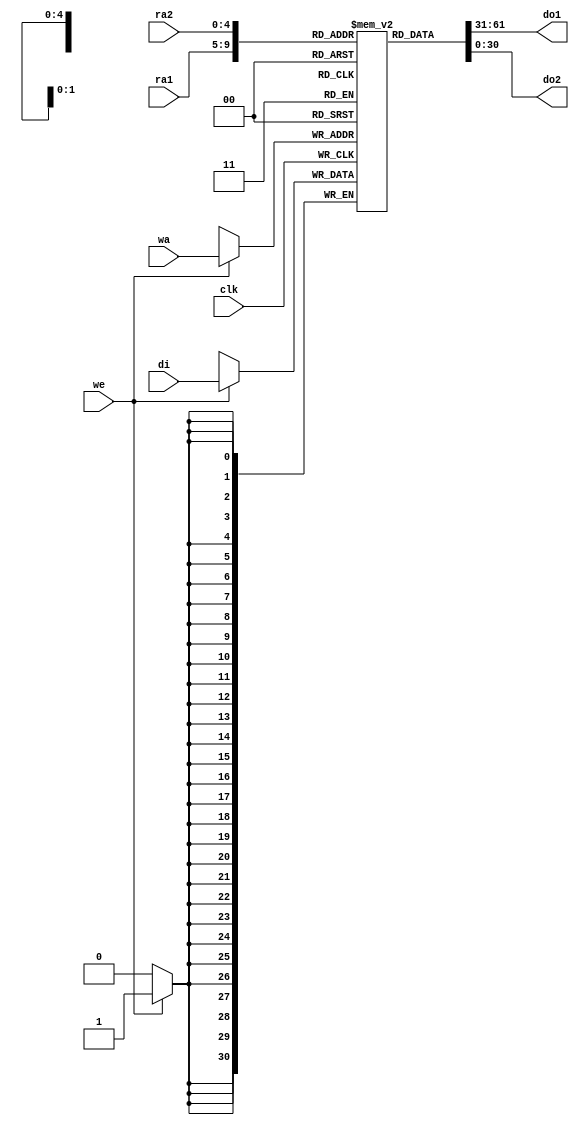
//
// Multiple-Port RAM Descriptions
//
module MP_rf_LUT_RAM (
                      clk,
                      we,
                      wa, 
                      ra1, 
                      ra2, 
                      di, 
                      do1, 
                      do2);
parameter   depth=31;
parameter   width=31;
parameter   addr_width=5;
input clk;
input we;
input [addr_width-1:0] wa;
input [addr_width-1:0] ra1;
input [addr_width-1:0] ra2;
input [width-1:0] di;
output [width-1:0] do1;
output [width-1:0] do2;
reg [width-1:0] ram [depth-1:0];
always @(posedge clk)
begin
if (we)
ram[wa] <= di;
end
assign do1 = ram[ra1];        //Multiple reference to
assign do2 = ram[ra2];        //same array.
endmodule


//
// single-Port RAM Descriptions
//
module SP_rf_LUT_RAM (
                        clk,
                        we,
                        wa, 
                        
//                      ra2,
                        di,
                        re,
                        do0,
                        do1,
                        do2,
                        do3,
                        do4,
                        do5,
                        do6,
                        do7,
                        do8,
                        do9,
                        do10
//                      do2
                         );
parameter   depth=11;
parameter   width=16;
parameter   addr_width=4;

input                  clk;
input                  we;
input [addr_width-1:0] wa;
input [width-1:0]      di;
input                  re;

output [width-1:0] do0;
output [width-1:0] do1;
output [width-1:0] do2;
output [width-1:0] do3;
output [width-1:0] do4;
output [width-1:0] do5;
output [width-1:0] do6;
output [width-1:0] do7;
output [width-1:0] do8;
output [width-1:0] do9;
output [width-1:0] do10;

reg [width-1:0] ram [depth-1:0];

always @(posedge clk)
begin
 if (we)
 ram[wa] <= di;
 end
assign do0 = re?ram[0]:16'hxxxx;
assign do1 = re?ram[1]:16'hxxxx;
assign do2 = re?ram[2]:16'hxxxx;
assign do3 = re?ram[3]:16'hxxxx;
assign do4 = re?ram[4]:16'hxxxx;
assign do5 = re?ram[5]:16'hxxxx;
assign do6 = re?ram[6]:16'hxxxx;
assign do7 = re?ram[7]:16'hxxxx;
assign do8 = re?ram[8]:16'hxxxx;
assign do9 = re?ram[9]:16'hxxxx;
assign do10= re?ram[10]:16'hxxxx;
      
endmodule